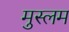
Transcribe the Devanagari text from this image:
मुस्लम